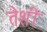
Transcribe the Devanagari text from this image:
तेशी